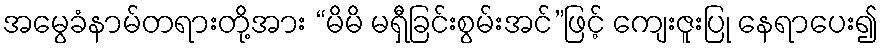
အမွေခံနာမ်တရားတို့အား “မိမိ မရှီခြင်းစွမ်းအင်”ဖြင့် ကျေးဇူးပြု နေရာပေး၍